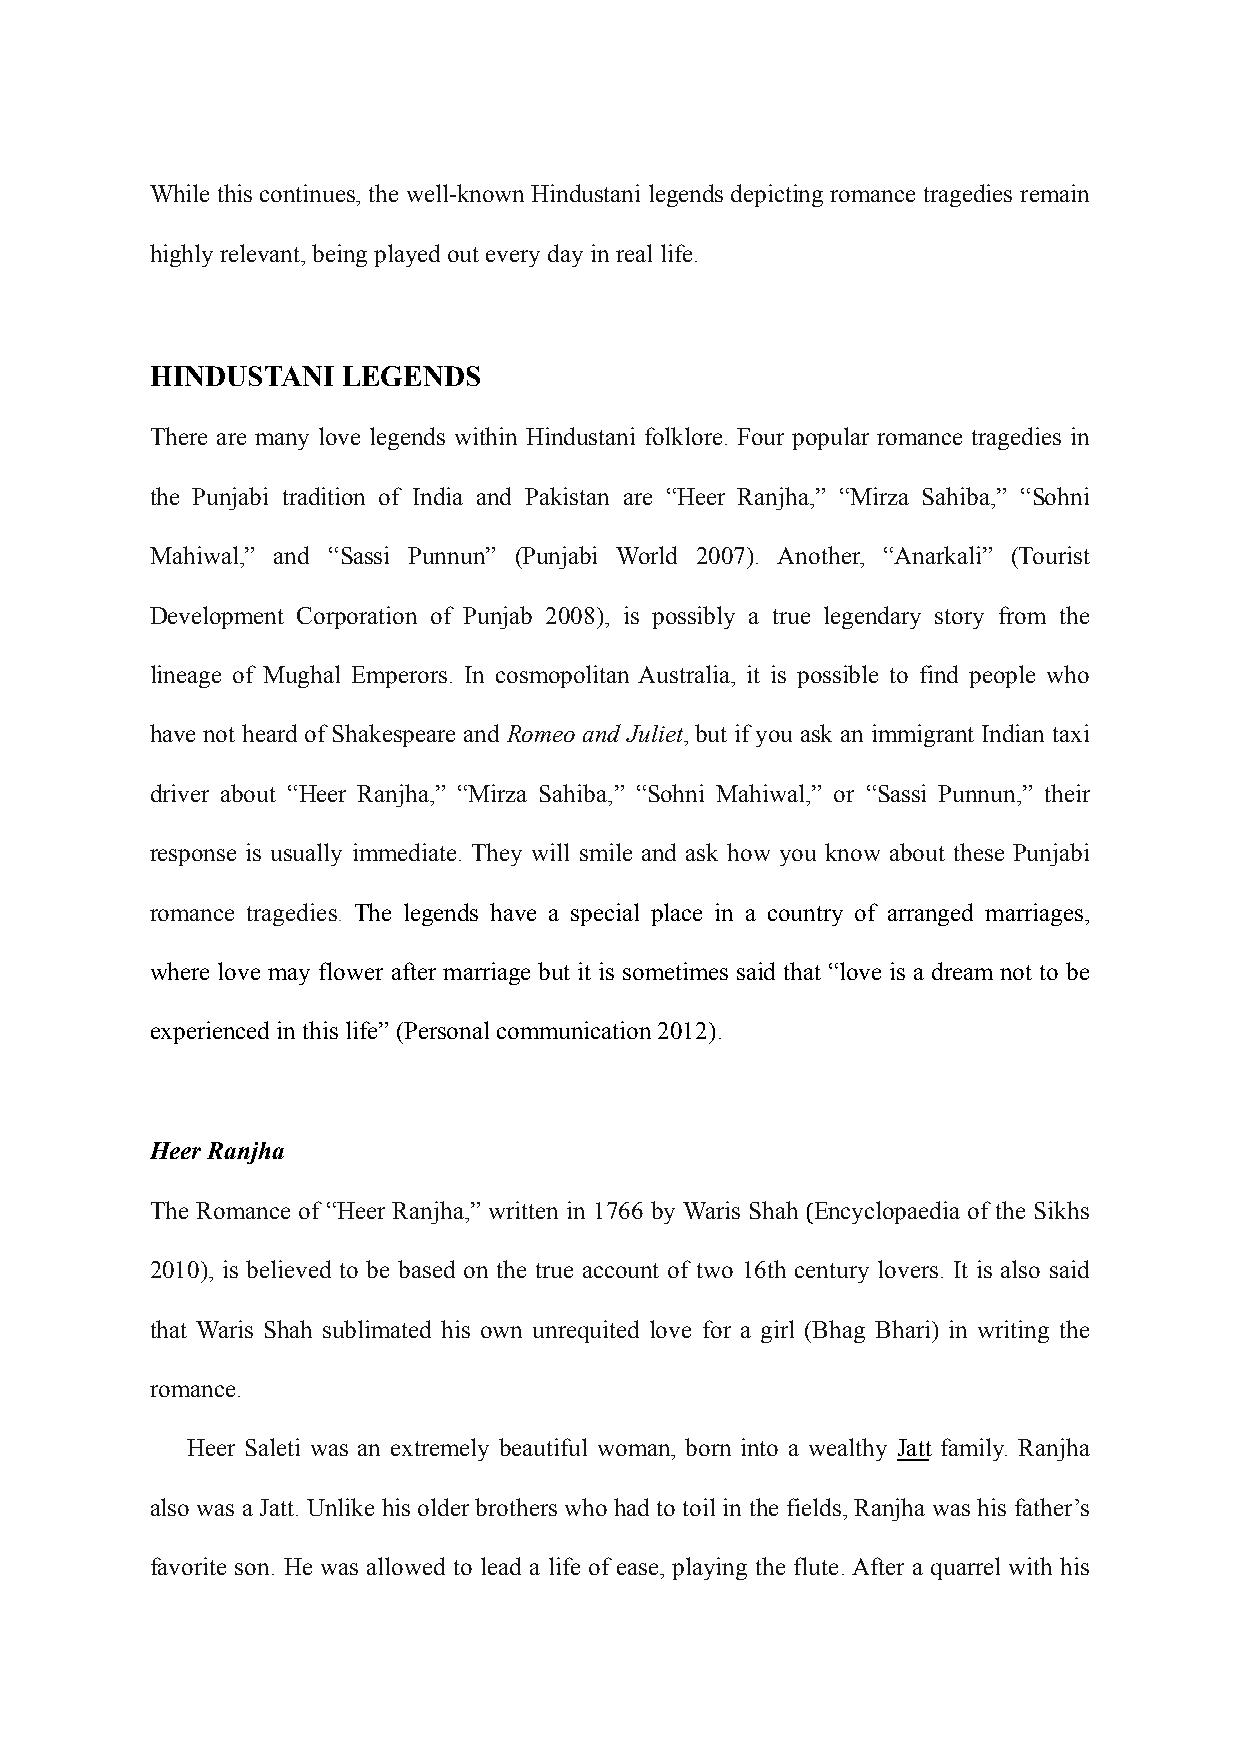
While this continues, the well-known Hindustani legends depicting romance tragedies remain
 highly relevant, being played out every day in real life.
 HINDUSTANI   LEGENDS
 There are many love legends within Hindustani folklore. Four popular romance tragedies in
 the Punjabi tradition of India and Pakistan are “Heer Ranjha,” “Mirza Sahiba,” “Sohni
 Mahiwal,” and “Sassi Punnun” (Punjabi World 2007). Another, “Anarkali” (Tourist
 Development Corporation of Punjab 2008), is possibly a true legendary story from the
 lineage of Mughal Emperors. In cosmopolitan Australia, it is possible to find people who
 have not heard of Shakespeare and Romeo and Juliet, but if you ask an immigrant Indian taxi
 driver about “Heer Ranjha,” “Mirza Sahiba,” “Sohni Mahiwal,” or “Sassi Punnun,” their
 response is usually immediate. They will smile and ask how you know about these Punjabi
 romance tragedies. The legends have a special place in a country of arranged marriages,
 where love may flower after marriage but it is sometimes said that “love is a dream not to be
 experienced in this life” (Personal communication 2012).
 Heer Ranjha
 The Romance of “Heer Ranjha,” written in 1766 by Waris Shah (Encyclopaedia of the Sikhs
 2010), is believed to be based on the true account of two 16th century lovers. It is also said
 that Waris Shah sublimated his own unrequited love for a girl (Bhag Bhari) in writing the
 romance.
 Heer Saleti was an extremely beautiful woman, born into a wealthy Jatt family. Ranjha
 also was a Jatt. Unlike his older brothers who had to toil in the fields, Ranjha was his father’s
 favorite son. He was allowed to lead a life of ease, playing the flute. After a quarrel with his